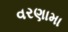
વરણામા